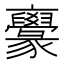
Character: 𠆟